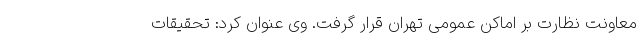
معاونت نظارت بر اماکن عمومی تهران قرار گرفت. وی عنوان کرد: تحقیقات